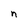
Character: n